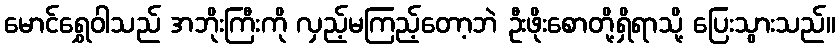
မောင်ရွှေဝါသည် အဘိုးကြီးကို လှည့်မကြည့်တော့ဘဲ ဦးဖိုးစောတို့ရှိရာသို့ ပြေးသွားသည်။